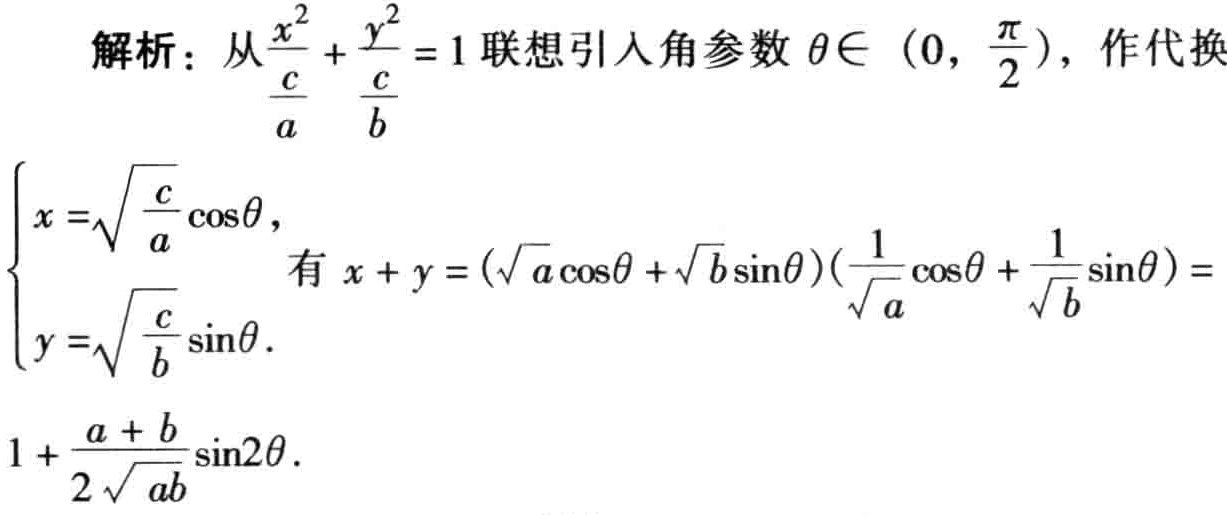
解析：从\(\frac{x^{2}}{\frac{c}{a}}+\frac{y^{2}}{\frac{c}{b}} = 1\)联想引入角参数\(\theta\in(0,\frac{\pi}{2})\)，作代换
\(\begin{cases}
x = \sqrt{\frac{c}{a}}\cos\theta,\\
y = \sqrt{\frac{c}{b}}\sin\theta.
\end{cases}\)
有 \(x + y = (\sqrt{a}\cos\theta+\sqrt{b}\sin\theta)(\frac{1}{\sqrt{a}}\cos\theta+\frac{1}{\sqrt{b}}\sin\theta)=1+\frac{a + b}{2\sqrt{ab}}\sin2\theta\).